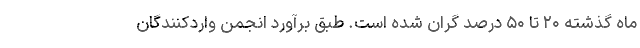
ماه گذشته ۲۰ تا ۵۰ درصد گران شده است. طبق برآورد انجمن واردکنندگان